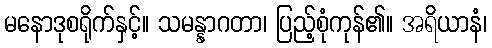
မနောဒုစရိုက်နှင့်။ သမန္နာဂတာ၊ ပြည့်စုံကုန်၏။ အရိယာနံ၊